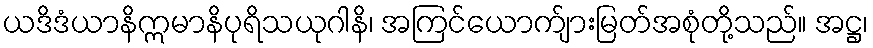
ယဒိဒံယာနိဣမာနိပုရိသယုဂါနိ၊ အကြင်ယောက်ျားမြတ်အစုံတို့သည်။ အဋ္ဌ၊